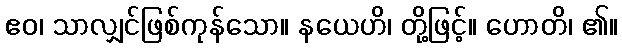
ဧဝ၊ သာလျှင်ဖြစ်ကုန်သော။ နယေဟိ၊ တို့ဖြင့်။ ဟောတိ၊ ၏။